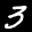
Label: 3